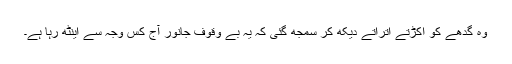
وہ گدھے کو اکڑتے اتراتے دیکھ کر سمجھ گئی کہ یہ بے وقوف جانور آج کس وجہ سے اینٹھ رہا ہے۔